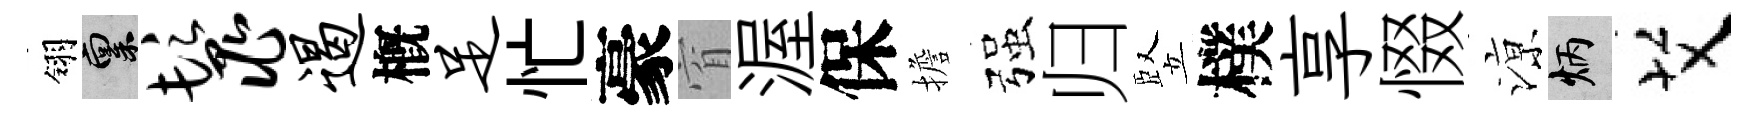
翎禀鬣遏槪足忙豪窅渥保擔强归竪樸享惙鿌炳艾